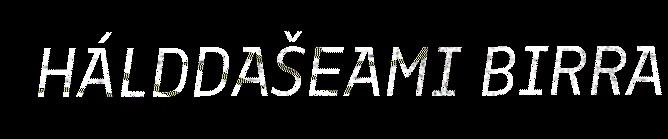
HÁLDDAŠEAMI BIRRA